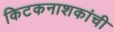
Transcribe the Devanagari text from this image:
किटकनाशकांची